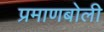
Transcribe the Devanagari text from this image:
प्रमाणबोली